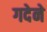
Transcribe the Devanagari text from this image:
गदेने